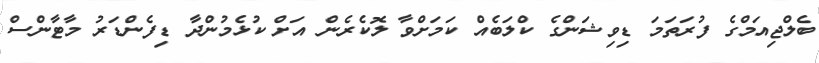
ބެލްޖިއަމްގެ ފުރަަތަމަ ޑިވިޝަންގެ ކްލަބެއް ކަމަށްވާ ލޮކެރެން އަށް ކުޅެމުންދާ ޑިފެންޑަރު މާޓާންސް